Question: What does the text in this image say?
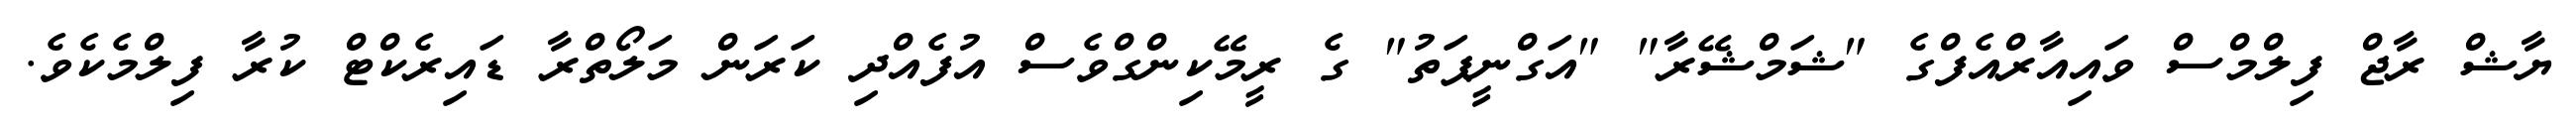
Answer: ޔާޝް ރާޖް ފިލްމްސް ވައިއާރްއެފްގެ "ޝަމްޝޭރާ" "އަގްނީޕަތު" ގެ ރީމޭކިންގްވެސް އުފެއްދި ކަރަން މަލޯތްރާ ޑައިރެކްޓް ކުރާ ފިލްމެކެވެ.